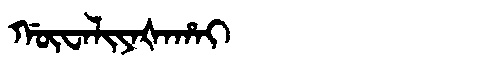
Manchu: ᡤᡡᠸᠠᠯᡳᠶᠠᡧᠠᡥᠠᡳ
Romanization: GŪWALIYAŠAHAI